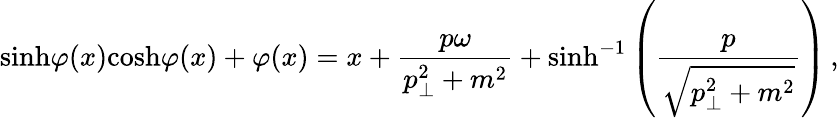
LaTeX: \mathrm{sinh}\varphi(x)\mathrm{cosh}\varphi(x)+\varphi(x)=x+{\frac{p\omega}{p_{\perp}^{2}+m^{2}}}+\mathrm{sinh}^{-1}\left({\frac{p}{\sqrt{p_{\perp}^{2}+m^{2}}}}\right)\, ,